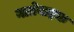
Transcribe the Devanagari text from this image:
नातेवाइक